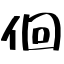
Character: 佪